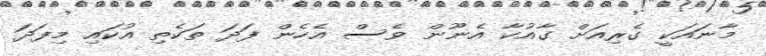
މާނައަކީ ގެރިއަށް ގާއުކާ އެނޫން ވެސް އެހެން ފަދަ ތަކެތި އުކައި މިފަދަ